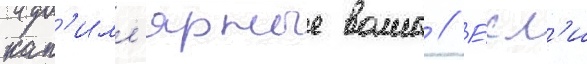
кап'илл'ярные волны // Е́сл'и